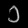
Digit: ၁